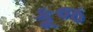
કૂજ